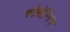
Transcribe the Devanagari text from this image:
कोलेस्निक